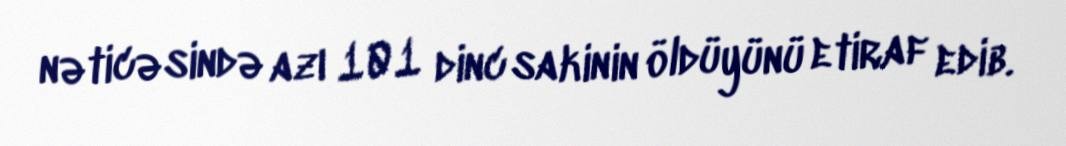
nəticəsində azı 101 dinc sakinin öldüyünü etiraf edib.